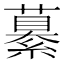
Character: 繤